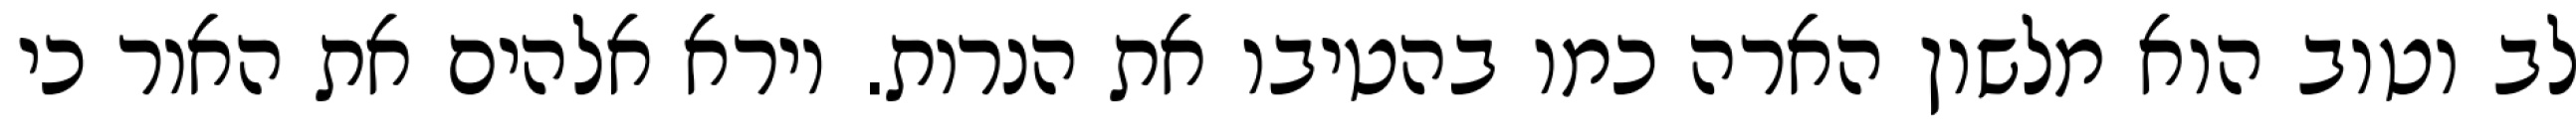
לב וטוב הוא מלשון הארה כמו בהטיבו את הנרות. וירא אלהים את האור כי